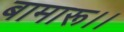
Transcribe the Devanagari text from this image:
बामारू।।